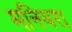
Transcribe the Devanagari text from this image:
मनियरा